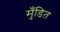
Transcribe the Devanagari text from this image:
मुँडित